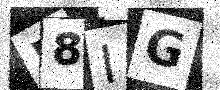
Text: 58IG